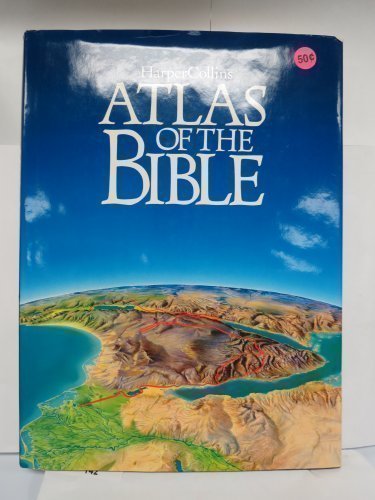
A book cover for Harper Collins Atlas of the Bible; Christian Books & Bibles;